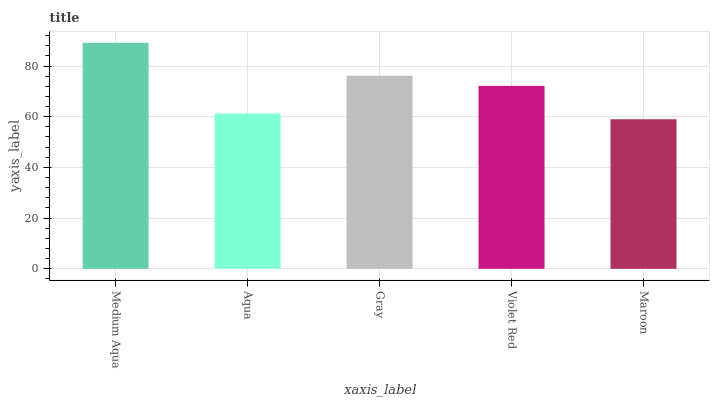
| xaxis_label | bars |
 | --- | --- |
 | Medium Aqua | 89.2 |
 | Aqua | 61.2 |
 | Gray | 76.1 |
 | Violet Red | 72.2 |
 | Maroon | 59 |